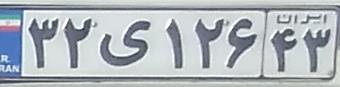
۳۲ی۱۲۶۴۳